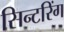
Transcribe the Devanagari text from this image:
सिन्टरिंग